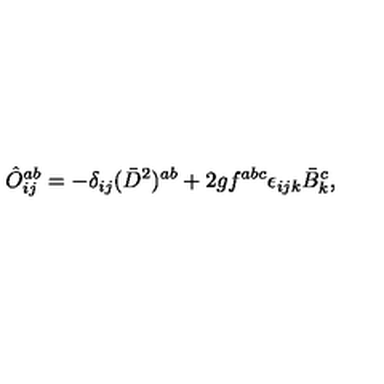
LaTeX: \hat { O } _ { i j } ^ { a b } = - \delta _ { i j } ( \bar { D } ^ { 2 } ) ^ { a b } + 2 g f ^ { a b c } \epsilon _ { i j k } \bar { B } _ { k } ^ { c } ,